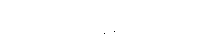
(အဝေါစ၊ မိန့်တော်မူ၏။)